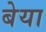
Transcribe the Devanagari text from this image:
बेया